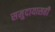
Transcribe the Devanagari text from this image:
समुदायासही